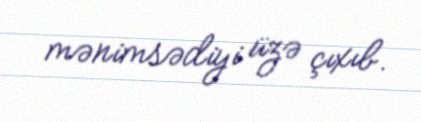
mənimsədiyi üzə çıxıb.